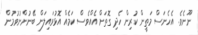
ނޫނެވެ. އެހެނަސް މަތީން ކުރިން ހެދި ގޮތަށް އެއްވެސް ކަމެއް އޮޅުވައިލަން ބޭނުންނުވުމުން